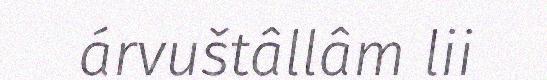
árvuštâllâm lii